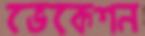
ভেকেশন